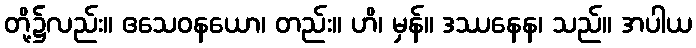
တို့၌လည်း။ ဧသေဝနယော၊ တည်း။ ဟိ၊ မှန်။ ဒဿနေန၊ သည်။ အပါယ